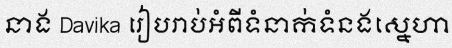
នាង Davika រៀបរាប់អំពីទំនាក់ទំនងស្នេហា